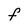
Character: f